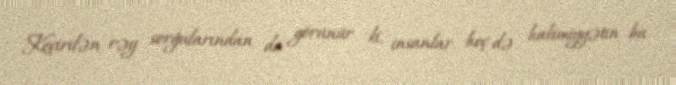
Keçirilən rəy sorğularından da görünür ki, insanlar heç də hakimiyyətin bu